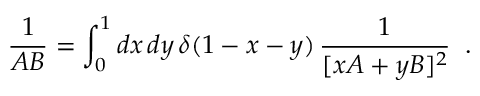
{ \frac { 1 } { A B } } = \int _ { 0 } ^ { 1 } d x \, d y \, \delta ( 1 - x - y ) \, { \frac { 1 } { [ x A + y B ] ^ { 2 } } } \; \; .